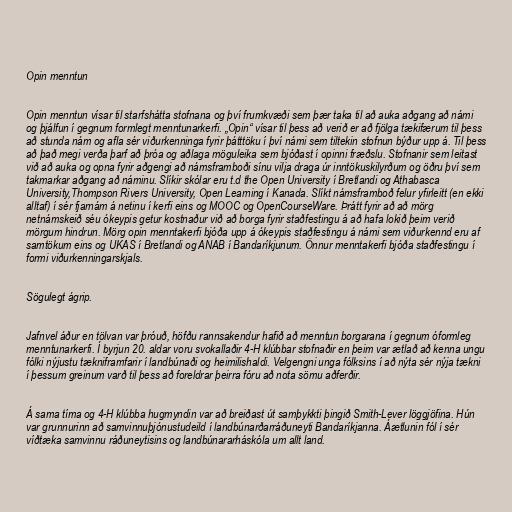
Opin menntun

Opin menntun vísar til starfshátta stofnana og því frumkvæði sem þær taka til að auka aðgang að námi
og þjálfun í gegnum formlegt menntunarkerfi. „Opin“ vísar til þess að verið er að fjölga tækifærum til þess
að stunda nám og afla sér viðurkenninga fyrir þátttöku í því námi sem tiltekin stofnun býður upp á. Til þess
að það megi verða þarf að þróa og aðlaga möguleika sem bjóðast í opinni fræðslu. Stofnanir sem leitast
við að auka og opna fyrir aðgengi að námsframboði sínu vilja draga úr inntökuskilyrðum og öðru því sem
takmarkar aðgang að náminu. Slíkir skólar eru t.d the Open University í Bretlandi og Athabasca
University,Thompson Rivers University, Open Learning í Kanada. Slíkt námsframboð felur yfirleitt (en ekki
alltaf) í sér fjarnám á netinu í kerfi eins og MOOC og OpenCourseWare. Þrátt fyrir að að mörg
netnámskeið séu ókeypis getur kostnaður við að borga fyrir staðfestingu á að hafa lokið þeim verið
mörgum hindrun. Mörg opin menntakerfi bjóða upp á ókeypis staðfestingu á námi sem viðurkennd eru af
samtökum eins og UKAS í Bretlandi og ANAB í Bandaríkjunum. Önnur menntakerfi bjóða staðfestingu í
formi viðurkenningarskjals.

Sögulegt ágrip.

Jafnvel áður en tölvan var þróuð, höfðu rannsakendur hafið að menntun borgarana í gegnum óformleg
menntunarkerfi. Í byrjun 20. aldar voru svokallaðir 4-H klúbbar stofnaðir en þeim var ætlað að kenna ungu
fólki nýjustu tækniframfarir í landbúnaði og heimilishaldi. Velgengni unga fólksins í að nýta sér nýja tækni
í þessum greinum varð til þess að foreldrar þeirra fóru að nota sömu aðferðir.

Á sama tíma og 4-H klúbba hugmyndin var að breiðast út samþykkti þingið Smith-Lever löggjöfina. Hún
var grunnurinn að samvinnuþjónustudeild í landbúnarðarráðuneyti Bandaríkjanna. Áætlunin fól í sér
víðtæka samvinnu ráðuneytisins og landbúnararháskóla um allt land.